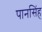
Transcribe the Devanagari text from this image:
पानसिंह